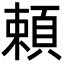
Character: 頼